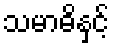
သမာဓိနှင့်